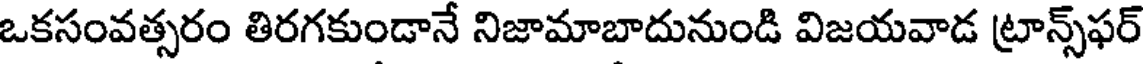
ఒకసంవత్సరం తిరగకుండానే నిజామాబాదునుండి విజయవాడ ట్రాన్స్ఫర్